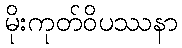
မိုးကုတ်ဝိပဿနာ